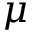
\mu